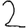
Digit: 2